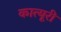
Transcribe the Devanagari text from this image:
कात्यूरी